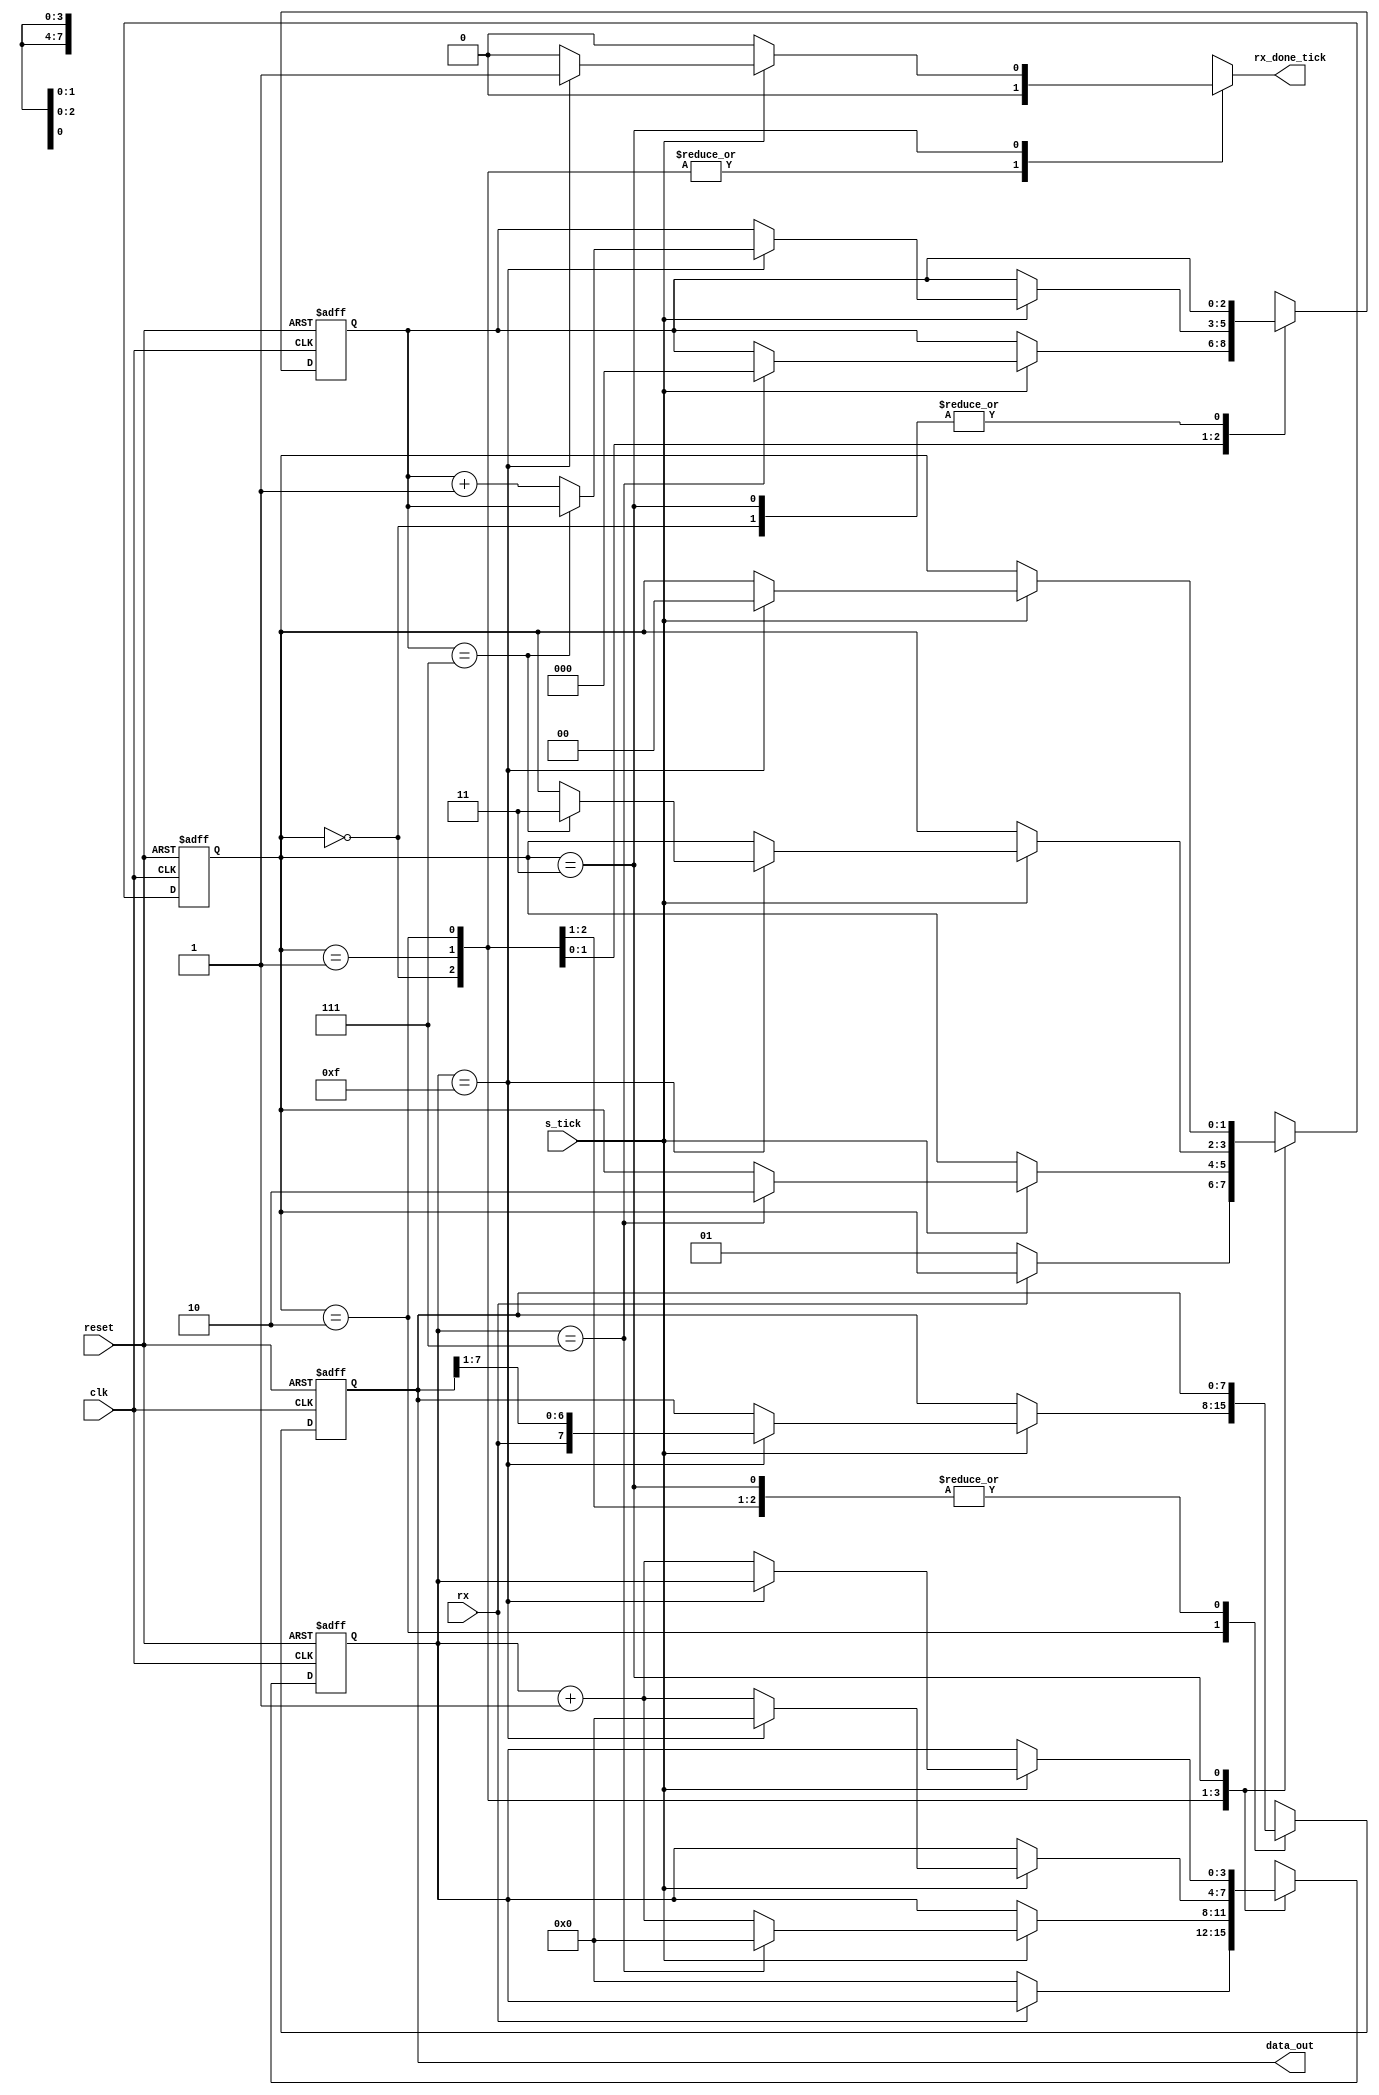
module Receiver(
    input clk, reset, rx, s_tick,
    output reg rx_done_tick,
    output[7:0] data_out
);
    parameter DATA_BITS = 8;
    parameter STOP_BITS_TICK = 16;

    localparam idle = 2'b00;
    localparam start= 2'b01;
    localparam data = 2'b10;
    localparam stop = 2'b11;

    reg [1:0] state_reg, state_next;
    reg [3:0] s_reg, s_next;
    reg [2:0] n_reg, n_next;
    reg [7:0] b_reg, b_next;
    // Register Logic
    always @(posedge clk, posedge reset)
    begin
        if(reset)
        begin
            state_reg <= idle;
            s_reg <= 0;
            n_reg <= 0;
            b_reg <= 0;
        end

        else
        begin   
            state_reg <= state_next;
            s_reg <= s_next;
            n_reg <= n_next;
            b_reg <= b_next;
        end
    end
    // Next State Logic
    always @(*)
    begin
        state_next = state_reg;
        s_next = s_reg;
        n_next = n_reg;
        b_next = b_reg;
        rx_done_tick = 1'b0;
        case(state_reg)
            idle:
                if(~rx)
                begin
                    state_next = start;
                    s_next = 0;
                end
                

            start:
                if(s_tick)
                    if(s_reg == 7)
                    begin
                        state_next = data;
                        s_next = 0;
                        n_next = 0;
                    end
                    else
                        s_next = s_reg + 1; 

            data:
                if(s_tick)
                    if(s_reg == 15)
                    begin
                        s_next = 0;
                        b_next = {rx, b_reg[7:1]};
                        if(n_reg == DATA_BITS-1)
                            state_next = stop;
                        else
                            n_next = n_reg + 1;
                    end
                    else
                        s_next = s_reg + 1;

            stop:
                if(s_tick)
                    if(s_reg== STOP_BITS_TICK-1)
                    begin
                        state_next = idle;
                        rx_done_tick = 1'b1;
                    end
                    else
                        s_next = s_reg + 1;
        endcase
    end
    // Output Logic
    assign data_out = b_reg;
endmodule